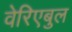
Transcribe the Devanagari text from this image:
वेरिएबुल